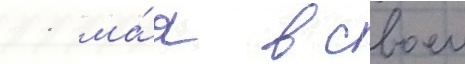
11 ма́я в своем